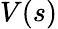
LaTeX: V(s)